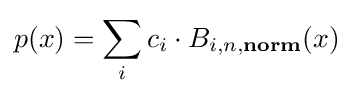
p(x)=\sum _{i}c_{i}\cdot B_{i,n,{\textbf {norm}}}(x)